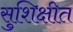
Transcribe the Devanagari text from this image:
सुशिक्षीत